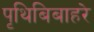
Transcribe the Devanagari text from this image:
पृथिबिबाहरे